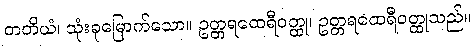
တတိယံ၊ သုံးခုမြောက်သော။ ဥတ္တရထေရီဝတ္ထု၊ ဥတ္တရထေရီဝတ္ထုသည်။